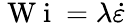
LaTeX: \mathrm{~W~i~}=\lambda\dot{\varepsilon}